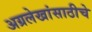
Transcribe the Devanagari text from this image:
अग्रलेखांसाठीचे